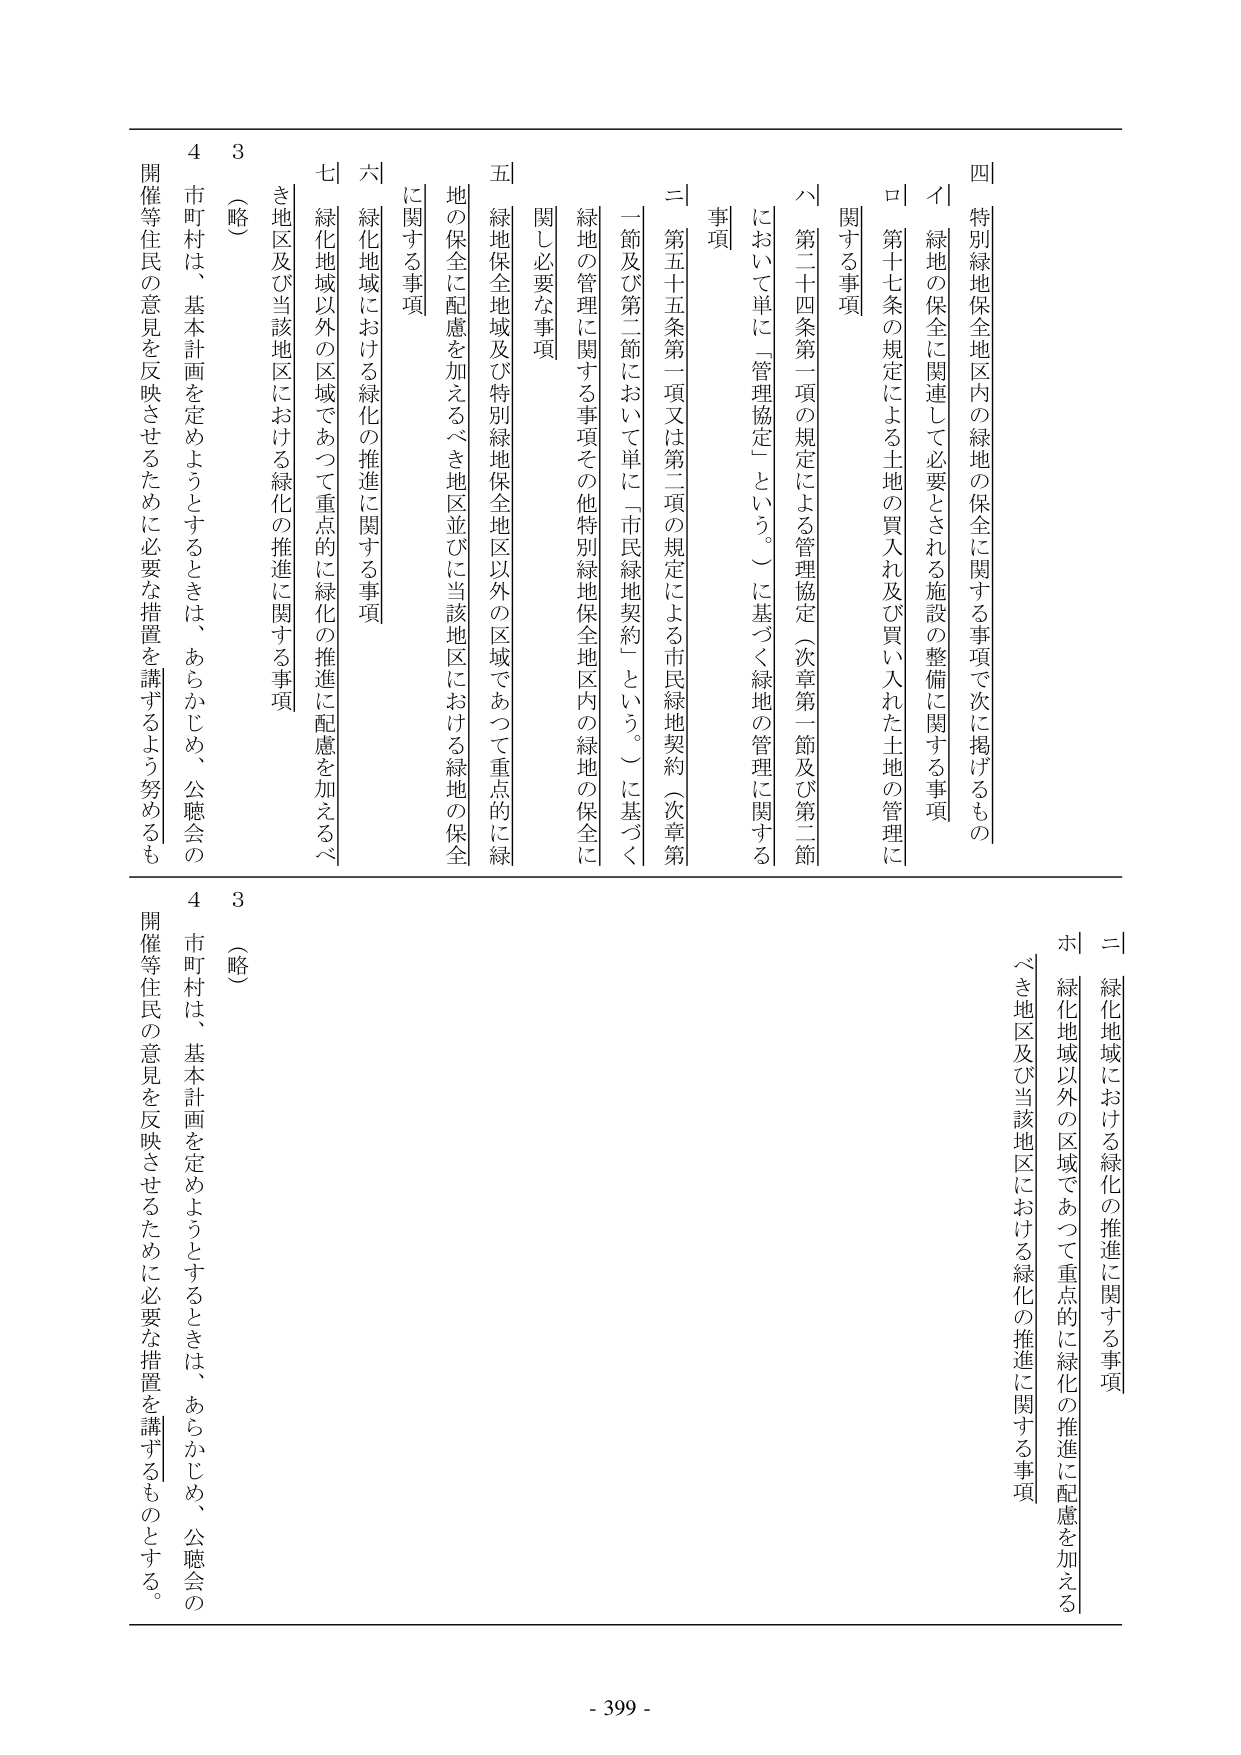
四 特別緑地保全地区内の緑地の保全に関する事項で次に掲げるものの
イ 緑地の保全に関連して必要とされる施設の整備に関する事項
ロ 第十七条の規定による土地の買入れ及び買い入れた土地の管理に
関する事項
ハ 第二十四条第一項の規定による管理協定（次章第一節及び第二節
において単に「管理協定」という。）に基づく緑地の管理に関する
事項
ニ 第五十五条第一項又は第二項の規定による市民緑地契約（次章第
一節及び第二節において単に「市民緑地契約」という。）に基づく
緑地の管理に関する事項その他特別緑地保全地区内の緑地の保全に
関し必要な事項
五 緑地保全地域及び特別緑地保全地区以外の区域であって重点的に緑
地の保全に配慮を加えるべき地区並びに当該地区における緑地の保全
に関する事項
六 緑化地域における緑化の推進に関する事項
七 緑化地域以外の区域であって重点的に緑化の推進に配慮を加えるべ
き地区及び当該地区における緑化の推進に関する事項
（略）
市町村は、基本計画を定めようとするときは、あらかじめ、公聴会の
開催等住民の意見を反映させるために必要な措置を講ずるよう努めるも
4 3
ニ 緑化地域における緑化の推進に関する事項
ホ 緑化地域以外の区域であって重点的に緑化の推進に配慮を加える
べき地区及び当該地区における緑化の推進に関する事項
（略）
市町村は、基本計画を定めようとするときは、あらかじめ、公聴会の
開催等住民の意見を反映させるために必要な措置を講ずるものとする。
4 3
- 399 -